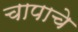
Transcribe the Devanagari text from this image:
चापाचे